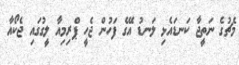
މެޗުގެ ނަތީޖާ ކަނޑައެޅި ލަނޑު އޭގެ ފަހުން ޖެހީ ޕްރިމިއާ ލީގުގައި ޖެކޯއާ